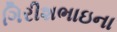
ગિરીશભાઇના